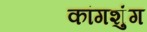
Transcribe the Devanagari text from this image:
कांगशुंग